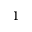
^ 1